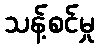
သန့်စင်မှု